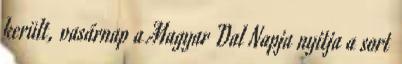
került, vasárnap a Magyar Dal Napja nyitja a sort